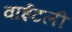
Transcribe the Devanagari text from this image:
वाईटली